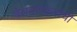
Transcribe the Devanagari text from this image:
बेलवलकरांची